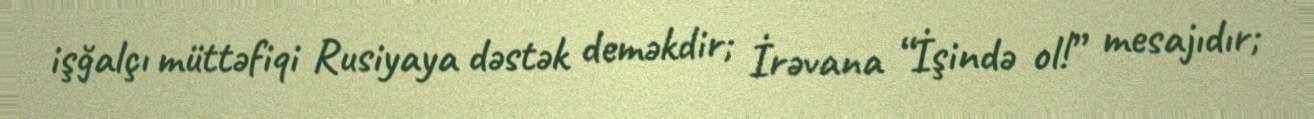
işğalçı müttəfiqi Rusiyaya dəstək deməkdir; İrəvana “İşində ol!” mesajıdır;